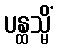
ပန္ထသ္မိံ